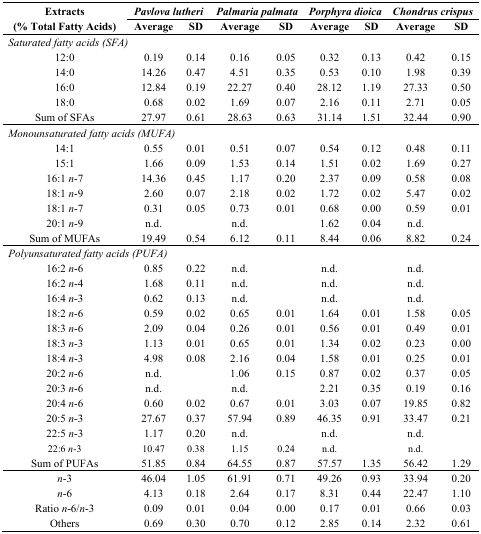
<table><thead><tr><td rowspan="2"><b>Extracts (% Total Fatty Acids)</b></td><td colspan="2"><b><i>Pavlova lutheri</i></b></td><td colspan="2"><b><i>Palmaria palmata</i></b></td><td colspan="2"><b><i>Porphyra dioica</i></b></td><td colspan="2"><b><i>Chondrus crispus</i></b></td></tr><tr><td><b>Average</b></td><td><b>SD</b></td><td><b>Average</b></td><td><b>SD</b></td><td><b>Average</b></td><td><b>SD</b></td><td><b>Average</b></td><td><b>SD</b></td></tr></thead><tbody><tr><td colspan="2"><i>Saturated fatty acids (SFA)</i></td><td></td><td></td><td></td><td></td><td></td><td></td><td></td></tr><tr><td>12:0</td><td>0.19</td><td>0.14</td><td>0.16</td><td>0.05</td><td>0.32</td><td>0.13</td><td>0.42</td><td>0.15</td></tr><tr><td>14:0</td><td>14.26</td><td>0.47</td><td>4.51</td><td>0.35</td><td>0.53</td><td>0.10</td><td>1.98</td><td>0.39</td></tr><tr><td>16:0</td><td>12.84</td><td>0.19</td><td>22.27</td><td>0.40</td><td>28.12</td><td>1.19</td><td>27.33</td><td>0.50</td></tr><tr><td>18:0</td><td>0.68</td><td>0.02</td><td>1.69</td><td>0.07</td><td>2.16</td><td>0.11</td><td>2.71</td><td>0.05</td></tr><tr><td>Sum of SFAs</td><td>27.97</td><td>0.61</td><td>28.63</td><td>0.63</td><td>31.14</td><td>1.51</td><td>32.44</td><td>0.90</td></tr><tr><td colspan="2"><i>Monounsaturated fatty acids (MUFA)</i></td><td></td><td></td><td></td><td></td><td></td><td></td><td></td></tr><tr><td>14:1</td><td>0.55</td><td>0.01</td><td>0.51</td><td>0.07</td><td>0.54</td><td>0.12</td><td>0.48</td><td>0.11</td></tr><tr><td>15:1</td><td>1.66</td><td>0.09</td><td>1.53</td><td>0.14</td><td>1.51</td><td>0.02</td><td>1.69</td><td>0.27</td></tr><tr><td>16:1 <i>n</i>-7</td><td>14.36</td><td>0.45</td><td>1.17</td><td>0.20</td><td>2.37</td><td>0.09</td><td>0.58</td><td>0.08</td></tr><tr><td>18:1 <i>n</i>-9</td><td>2.60</td><td>0.07</td><td>2.18</td><td>0.02</td><td>1.72</td><td>0.02</td><td>5.47</td><td>0.02</td></tr><tr><td>18:1 <i>n</i>-7</td><td>0.31</td><td>0.05</td><td>0.73</td><td>0.01</td><td>0.68</td><td>0.00</td><td>0.59</td><td>0.01</td></tr><tr><td>20:1 <i>n</i>-9</td><td>n.d.</td><td></td><td>n.d.</td><td></td><td>1.62</td><td>0.04</td><td>n.d.</td><td></td></tr><tr><td>Sum of MUFAs</td><td>19.49</td><td>0.54</td><td>6.12</td><td>0.11</td><td>8.44</td><td>0.06</td><td>8.82</td><td>0.24</td></tr><tr><td colspan="2"><i>Polyunsaturated fatty acids (PUFA)</i></td><td></td><td></td><td></td><td></td><td></td><td></td><td></td></tr><tr><td>16:2 <i>n</i>-6</td><td>0.85</td><td>0.22</td><td>n.d.</td><td></td><td>n.d.</td><td></td><td>n.d.</td><td></td></tr><tr><td>16:2 <i>n</i>-4</td><td>1.68</td><td>0.11</td><td>n.d.</td><td></td><td>n.d.</td><td></td><td>n.d.</td><td></td></tr><tr><td>16:4 <i>n</i>-3</td><td>0.62</td><td>0.13</td><td>n.d.</td><td></td><td>n.d.</td><td></td><td>n.d.</td><td></td></tr><tr><td>18:2 <i>n</i>-6</td><td>0.59</td><td>0.02</td><td>0.65</td><td>0.01</td><td>1.64</td><td>0.01</td><td>1.58</td><td>0.05</td></tr><tr><td>18:3 <i>n</i>-6</td><td>2.09</td><td>0.04</td><td>0.26</td><td>0.01</td><td>0.56</td><td>0.01</td><td>0.49</td><td>0.01</td></tr><tr><td>18:3 <i>n</i>-3</td><td>1.13</td><td>0.01</td><td>0.65</td><td>0.01</td><td>1.34</td><td>0.02</td><td>0.23</td><td>0.00</td></tr><tr><td>18:4 <i>n</i>-3</td><td>4.98</td><td>0.08</td><td>2.16</td><td>0.04</td><td>1.58</td><td>0.01</td><td>0.25</td><td>0.01</td></tr><tr><td>20:2 <i>n</i>-6</td><td>n.d.</td><td></td><td>1.06</td><td>0.15</td><td>0.87</td><td>0.02</td><td>0.37</td><td>0.05</td></tr><tr><td>20:3 <i>n</i>-6</td><td>n.d.</td><td></td><td>n.d.</td><td></td><td>2.21</td><td>0.35</td><td>0.19</td><td>0.16</td></tr><tr><td>20:4 <i>n</i>-6</td><td>0.60</td><td>0.02</td><td>0.67</td><td>0.01</td><td>3.03</td><td>0.07</td><td>19.85</td><td>0.82</td></tr><tr><td>20:5 <i>n</i>-3</td><td>27.67</td><td>0.37</td><td>57.94</td><td>0.89</td><td>46.35</td><td>0.91</td><td>33.47</td><td>0.21</td></tr><tr><td>22:5 <i>n</i>-3</td><td>1.17</td><td>0.20</td><td>n.d.</td><td></td><td>n.d.</td><td></td><td>n.d.</td><td></td></tr><tr><td>22:6 <i>n</i>-3</td><td>10.47</td><td>0.38</td><td>1.15</td><td>0.24</td><td>n.d.</td><td></td><td>n.d.</td><td></td></tr><tr><td>Sum of PUFAs</td><td>51.85</td><td>0.84</td><td>64.55</td><td>0.87</td><td>57.57</td><td>1.35</td><td>56.42</td><td>1.29</td></tr><tr><td><i>n</i>-3</td><td>46.04</td><td>1.05</td><td>61.91</td><td>0.71</td><td>49.26</td><td>0.93</td><td>33.94</td><td>0.20</td></tr><tr><td><i>n</i>-6</td><td>4.13</td><td>0.18</td><td>2.64</td><td>0.17</td><td>8.31</td><td>0.44</td><td>22.47</td><td>1.10</td></tr><tr><td>Ratio <i>n</i>-6/ <i>n</i>-3</td><td>0.09</td><td>0.01</td><td>0.04</td><td>0.00</td><td>0.17</td><td>0.01</td><td>0.66</td><td>0.03</td></tr><tr><td>Others</td><td>0.69</td><td>0.30</td><td>0.70</td><td>0.12</td><td>2.85</td><td>0.14</td><td>2.32</td><td>0.61</td></tr></tbody></table>